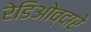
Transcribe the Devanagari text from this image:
रेडिओव्दारे